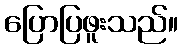
ပြောပြဖူးသည်။